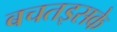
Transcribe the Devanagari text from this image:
बचतइसके